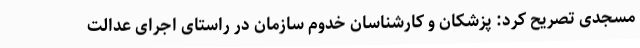
مسجدی تصریح کرد: پزشکان و کارشناسان خدوم سازمان در راستای اجرای عدالت